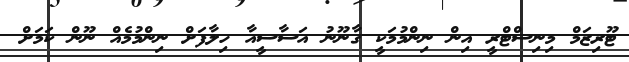
ޓޫރިޒަމް މިނިސްޓްރީ އިން ނިންމުމަކީ ގާނޫނު އަސާސީއާ ހިލާފަށް ނިންމުމެއް ނޫން ކަމަށް